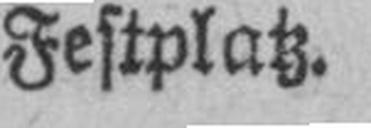
Festplatz.